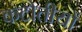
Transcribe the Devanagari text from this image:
कटौतीयों